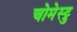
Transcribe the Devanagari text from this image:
चोमेस्ट्रु